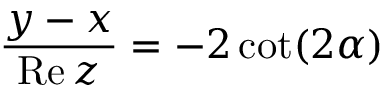
\frac { y - x } { \mathrm { R e } \, z } = - 2 \cot ( 2 \alpha )